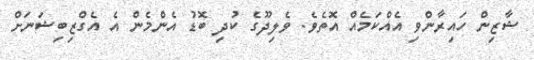
ޝާޒިން ހައިރާންވި އެއްކަމެއް އޮތެވެ. ވެލިދޫގެ ކުދި ބޮޑު އެންމެން އެ އެގްޒިބިޝަނަށް